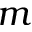
m